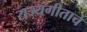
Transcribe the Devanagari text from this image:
राज्यगीताचे